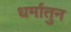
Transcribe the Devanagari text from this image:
धर्मातुन